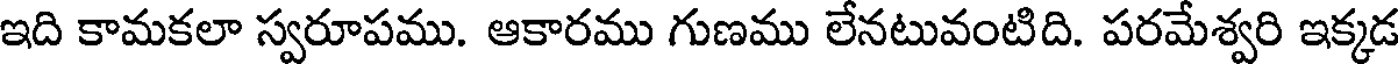
ఇది కామకలా స్వరూపము. ఆకారము గుణము లేనటువంటిది. పరమేశ్వరి ఇక్కడ